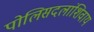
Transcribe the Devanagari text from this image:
पोलिसदलांशिवाय